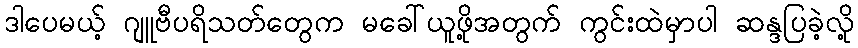
ဒါပေမယ့် ဂျူဗီပရိသတ်တွေက မခေါ်ယူဖို့အတွက် ကွင်းထဲမှာပါ ဆန္ဒပြခဲ့လို့